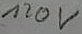
Text: 120v